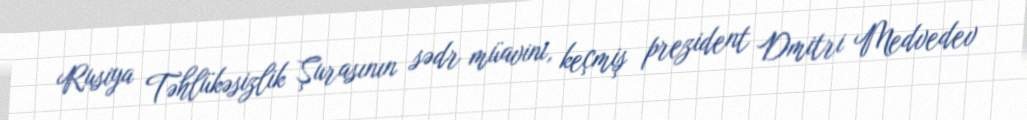
Rusiya Təhlükəsizlik Şurasının sədr müavini, keçmiş prezident Dmitri Medvedev